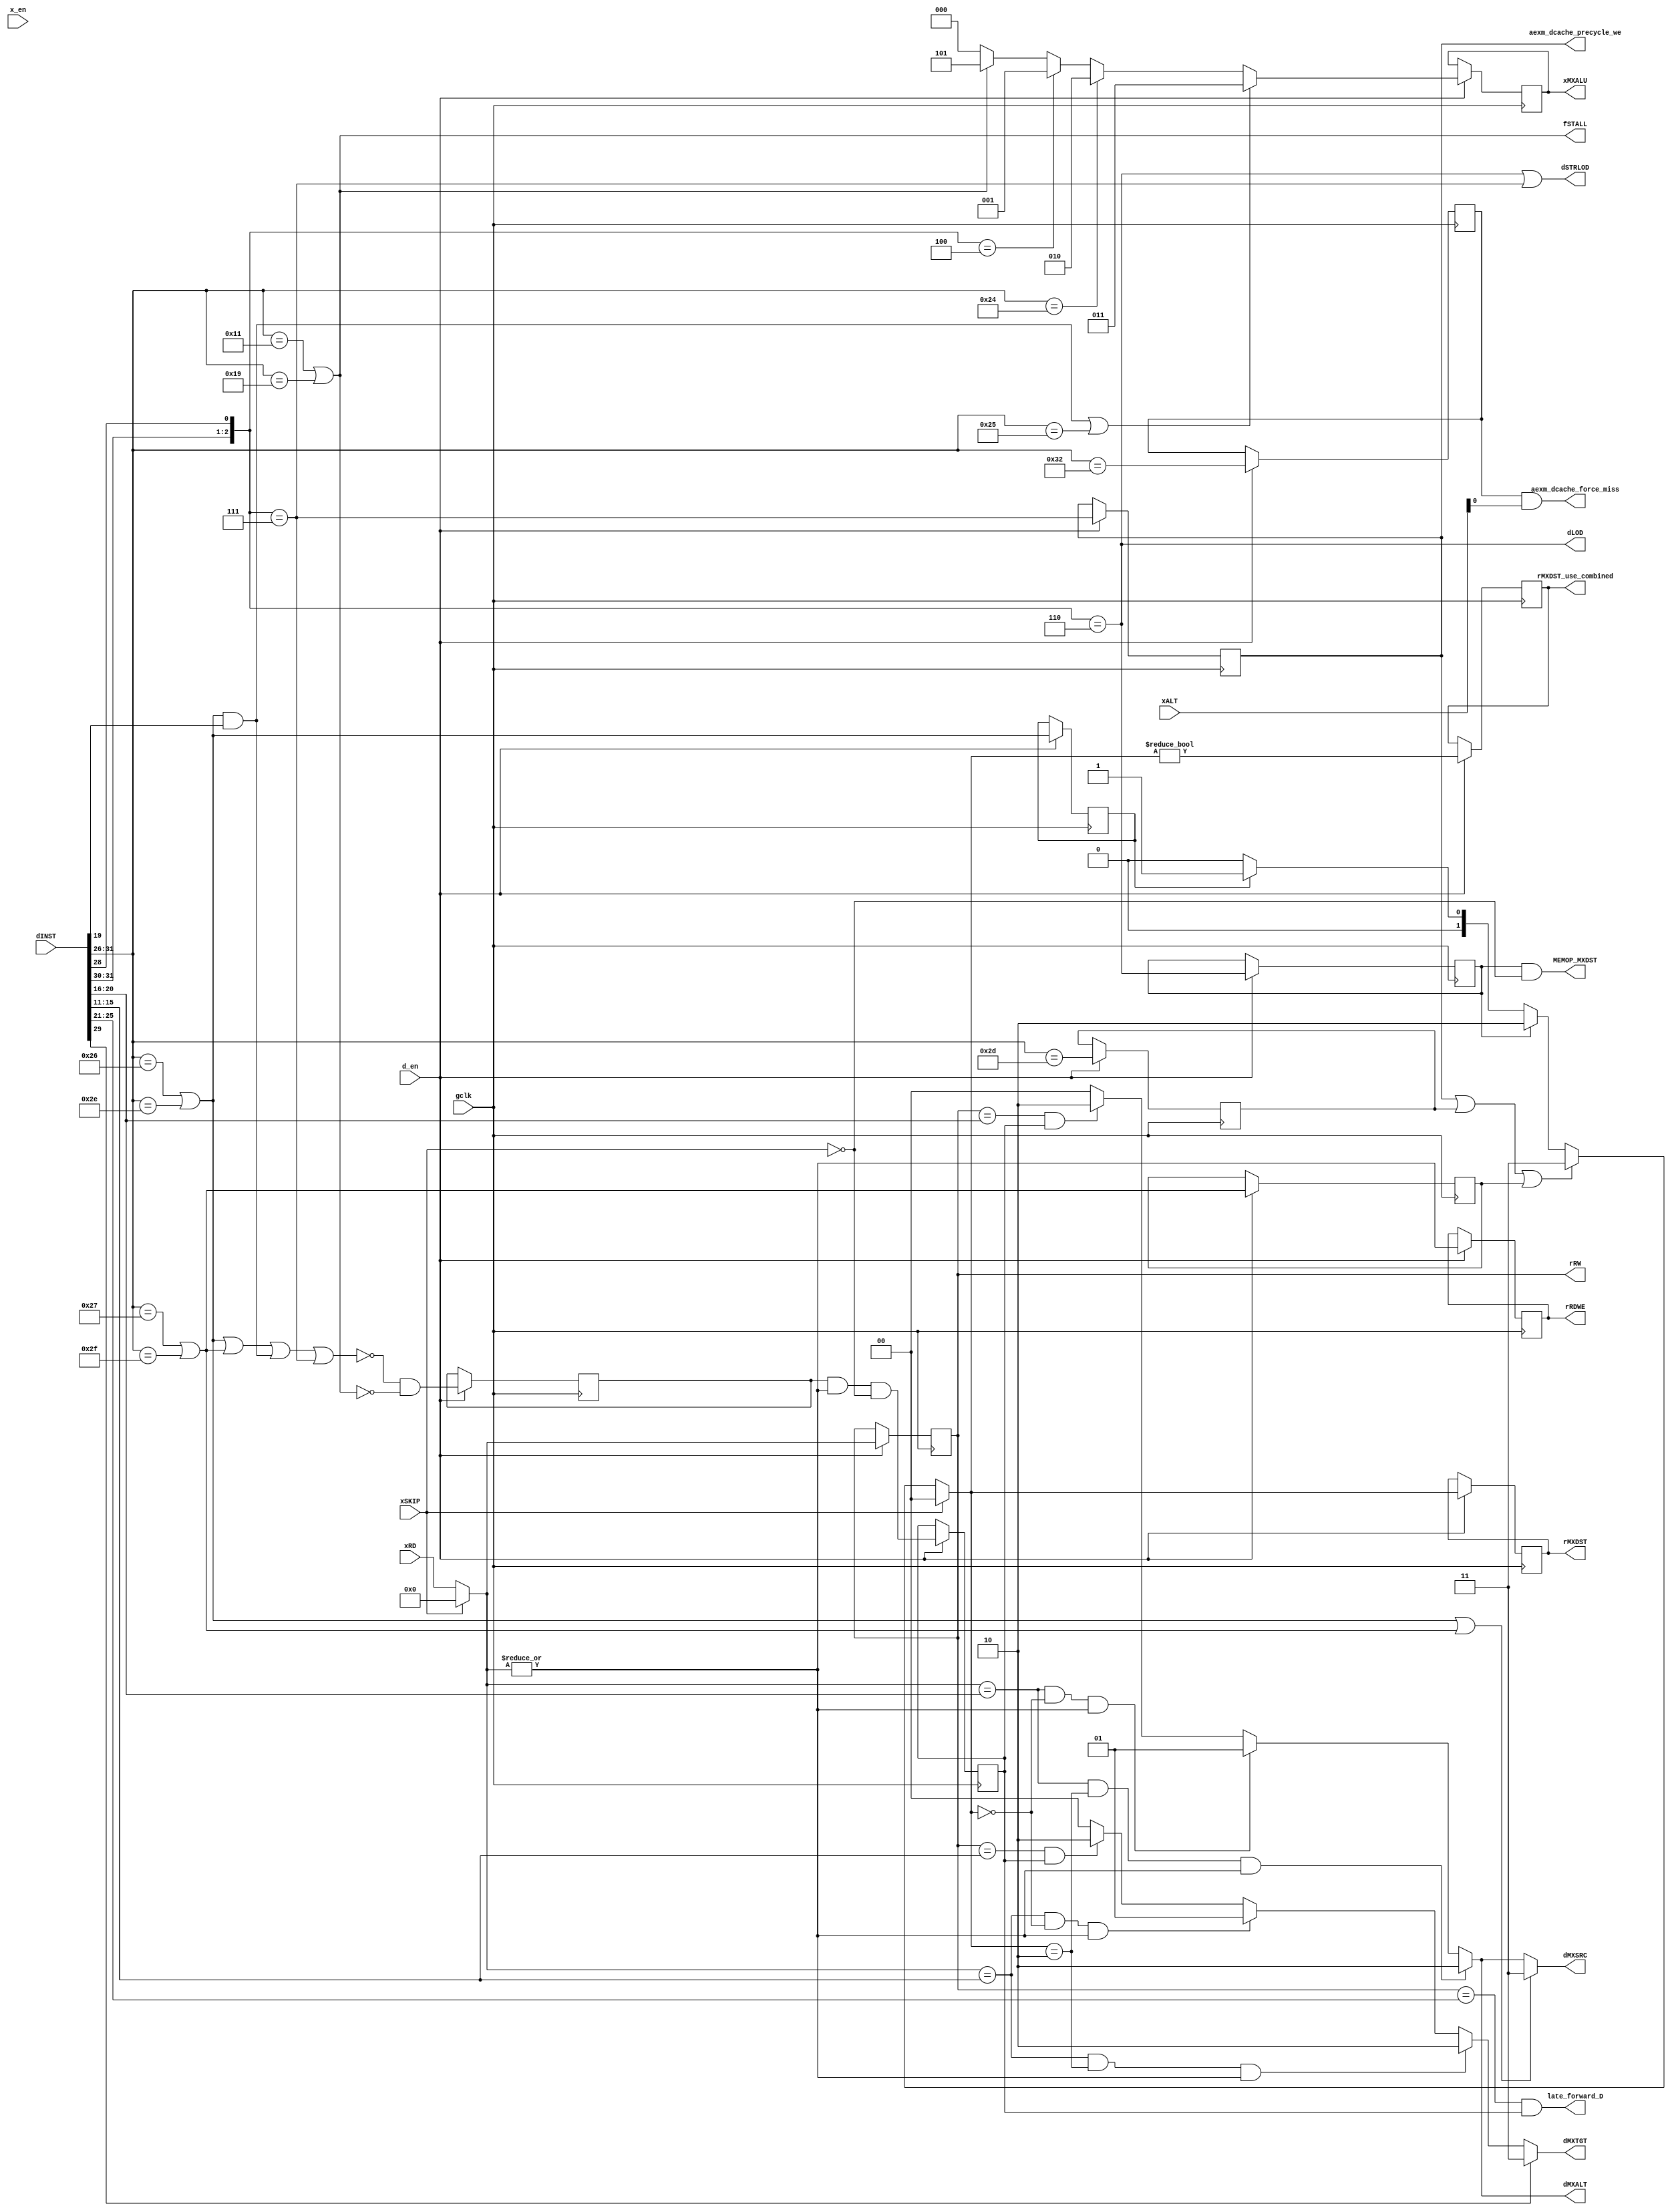
module aexm_ctrl (
   // Outputs
   rMXDST, rMXDST_use_combined, MEMOP_MXDST, dMXSRC, dMXTGT, dMXALT,
   xMXALU, rRW, rRDWE, dSTRLOD, dLOD, aexm_dcache_precycle_we,
   aexm_dcache_force_miss, fSTALL, late_forward_D,
   // Inputs
   xSKIP, xALT, xRD, dINST, gclk, d_en, x_en
   );
   // INTERNAL
   output [1:0]  rMXDST, dMXSRC, dMXTGT, dMXALT;
   output [2:0]  xMXALU;
   output [4:0]  rRW;
  output 	 rRDWE;
  output 	 rMXDST_use_combined;
  output 	 fSTALL;
  output 	 MEMOP_MXDST;
  output 	 late_forward_D;

  input 	 xSKIP;
   input [10:0]  xALT;
   input [4:0] 	 xRD;
   input [31:0]  dINST;

   // MCU
  output 	 dSTRLOD, dLOD;
   output aexm_dcache_precycle_we;
  output  aexm_dcache_force_miss;

   // SYSTEM
   input 	 gclk, d_en, x_en;

   // --- DECODE INSTRUCTIONS
   // TODO: Simplify

   wire [5:0] 	 dOPC;
   wire [4:0] 	 dRD, dRA, dRB;
   wire [10:0] 	 dALT;

   assign 	 {dOPC, dRD, dRA, dRB, dALT} = dINST;

  reg xSFT = 1'b0, xLOG = 1'b0, xBSF = 1'b0,
      xRTD = 1'b0, xBCC = 1'b0, xBRU = 1'b0, xIMM = 1'b0, xMOV = 1'b0,
      xLOD = 1'b0, xSTR = 1'b0, xLOD_r = 1'b0;

   wire 	 dSFT = (dOPC == 6'o44);
   wire 	 dLOG = ({dOPC[5:4],dOPC[2]} == 3'o4);

   wire 	 dBSF = (dOPC == 6'o21) | (dOPC == 6'o31);

   wire 	 dRTD = (dOPC == 6'o55);
   wire 	 dBCC = ((dOPC == 6'o47) | (dOPC == 6'o57));
   wire 	 dBRU = ((dOPC == 6'o46) | (dOPC == 6'o56));
   wire 	 dBRA = (dBRU & dRA[3]);

   wire 	 dIMM = (dOPC == 6'o54);
   wire 	 dMOV = (dOPC == 6'o45);

   wire 	 dLOD = ({dOPC[5:4],dOPC[2]} == 3'o6);
   wire 	 dSTR = ({dOPC[5:4],dOPC[2]} == 3'o7);
  wire 		 dLOD_r = (dOPC == 6'o62);

  assign         fSTALL = dBSF;

   // --- BRANCH SLOT REGISTERS ---------------------------

   reg [1:0] 	 rMXDST = 2'h0, xMXDST;
   reg [4:0] 	 rRW = 5'h0, xRW;

   reg [1:0] 	 dMXSRC;
   reg [1:0] 	 dMXTGT;
   reg [1:0] 	 dMXALT;


   // --- OPERAND SELECTOR ---------------------------------

  reg 		 xRW_valid = 1'b0, rRW_valid = 1'b0;
  wire 		 dRW_valid;

  assign dRW_valid = (!(dBRU || dBCC || dBRA || dSTR)) && !fSTALL;

  reg 		 rRDWE = 1'b0;
   wire 	 xRDWE = |xRW; // this can be a redister, using dRW instead
   wire		 late_forward_A = (rRW == dRA) && rRW_valid;
   wire		 late_forward_B = (rRW == dRB) && rRW_valid;
   wire		 late_forward_D = (rRW == dRD) && rRW_valid;
   wire 	 wAFWD_M = (xRW == dRA) & (xMXDST == 2'o2) & xRDWE;
   wire 	 wBFWD_M = (xRW == dRB) & (xMXDST == 2'o2) & xRDWE;
   wire 	 wAFWD_R = (xRW == dRA) & (xMXDST == 2'o0) & xRDWE;
   wire 	 wBFWD_R = (xRW == dRB) & (xMXDST == 2'o0) & xRDWE;

   always @(wAFWD_M or wAFWD_R or dBCC or wBFWD_M or wBFWD_R or
	    dBRU or dOPC or late_forward_A or late_forward_B)
     begin
	dMXSRC <= (dBRU | dBCC) ? 2'o3 : // PC
		  (wAFWD_M) ? 2'o2 : // RAM
		  (wAFWD_R) ? 2'o1 : // FWD
		  (late_forward_A) ? 2'o2 :
		  2'o0; // REG
	dMXTGT <= (dOPC[3]) ? 2'o3 : // IMM
		  (wBFWD_M) ? 2'o2 : // RAM
		  (wBFWD_R) ? 2'o1 : // FWD
		  (late_forward_B) ? 2'o2 :
		  2'o0; // REG
	dMXALT <= (wAFWD_M) ? 2'o2 : // RAM
		  (wAFWD_R) ? 2'o1 : // FWD
		  (late_forward_A) ? 2'o2 :
		  2'o0; // REG
     end

   // --- ALU CONTROL ---------------------------------------

   reg [2:0]     xMXALU = 3'h0, dMXALU;

   always @(dBRA or dBSF or dLOG or dMOV or dSFT)
     begin
	dMXALU <= (dBRA | dMOV) ? 3'o3 :
		  (dSFT) ? 3'o2 :
		  (dLOG) ? 3'o1 :
		  (dBSF) ? 3'o5 :
		  3'o0;
     end

   // --- DELAY SLOT REGISTERS ------------------------------

  reg  rMXDST_use_combined = 1'b0;
  wire MEMOP_MXDST;

   always @(xBCC or xBRU or xLOD or xRTD or xSKIP
	    or xSTR or xRD)
     if (xSKIP) begin
	xMXDST <= 2'h0;
	xRW <= 5'h0;
     end else begin
	xMXDST <= (xSTR | xRTD | xBCC) ? 2'o3 :
		  (xLOD) ? 2'o2 :
		  (xBRU) ? 2'o1 :
		  2'o0;
	xRW <= xRD;
     end

  assign MEMOP_MXDST = xLOD && !xSKIP;

   // --- DATA MEMORY INTERFACE ----------------------------------

  assign dSTRLOD = dLOD || dSTR;

  assign aexm_dcache_precycle_we = xSTR;
  assign aexm_dcache_force_miss  = xLOD_r && (xALT[0]);

   // --- PIPELINE CONTROL DELAY ----------------------------

   always @(posedge gclk)
     if (d_en) begin
       rMXDST <= xMXDST; xMXALU <= dMXALU;
       rRW <= xRW; rRDWE <= xRDWE;
       xRW_valid <= dRW_valid;
       rRW_valid <= xRW_valid && xRDWE && !xSKIP;

       xSFT <= dSFT; xLOG <= dLOG; xBSF <= dBSF;
       xRTD <= dRTD; xBCC <= dBCC; xBRU <= dBRU;
       xIMM <= dIMM; xMOV <= dMOV; xLOD <= dLOD; xSTR <= dSTR;
       xLOD_r <= dLOD_r;

       rMXDST_use_combined <= (xMXDST != 2'h0);
     end


endmodule // aexm_ctrl